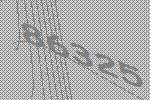
86325